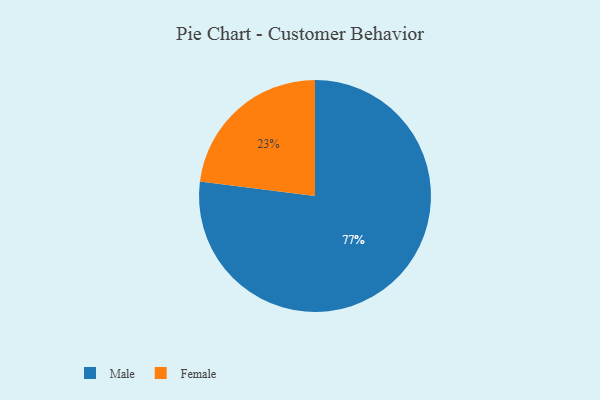
{"axis": {"x": "Category", "y": "Percentage"}, "legend": ["Female", "Male"], "data": [{"x": "Female", "y": 23, "type": "Female"}, {"x": "Male", "y": 77, "type": "Male"}]}